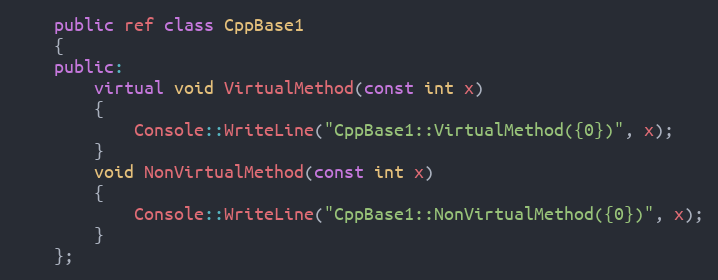
Language: C++
    public ref class CppBase1
    {
    public:
        virtual void VirtualMethod(const int x)
        {
            Console::WriteLine("CppBase1::VirtualMethod({0})", x);
        }
        void NonVirtualMethod(const int x)
        {
            Console::WriteLine("CppBase1::NonVirtualMethod({0})", x);
        }
    };